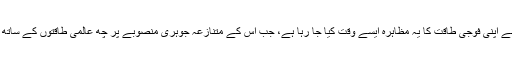
تہران حکومت کی جانب سے اپنی فوجی طاقت کا یہ مظاہرہ ایسے وقت کیا جا رہا ہے، جب اس کے متنازعہ جوہری منصوبے پر چھ عالمی طاقتوں کے ساتھ کشیدگی بھی بڑھ رہی ہے۔